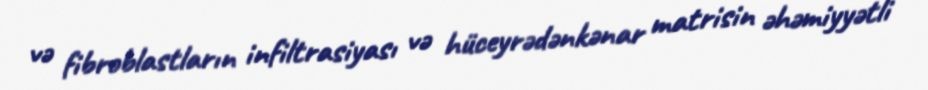
və fibroblastların infiltrasiyası və hüceyrədənkənar matrisin əhəmiyyətli